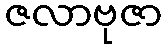
ဇလာဗုဇာ